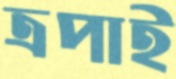
ত্রপাই